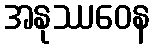
အနုဿဝေန